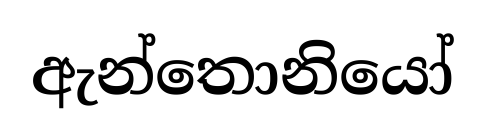
ඇන්තොනියෝ